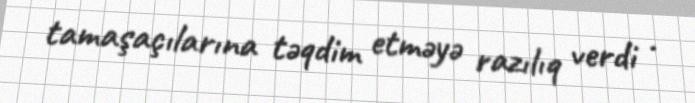
tamaşaçılarına təqdim etməyə razılıq verdi .